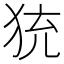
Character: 𤞀